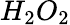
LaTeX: H_{2}O_{2}